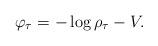
LaTeX: \begin{align*}\varphi_{\tau}=-\log\rho_{\tau}-V.\end{align*}